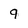
Character: 9